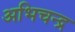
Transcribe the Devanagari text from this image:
अभिचन्द्र